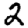
Digit: 2